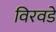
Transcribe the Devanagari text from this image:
विरवडे